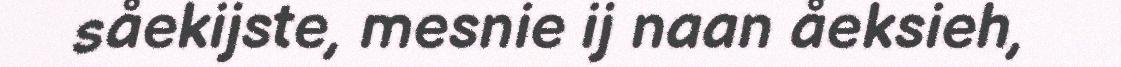
såekijste, mesnie ij naan åeksieh,